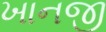
ખાનજી